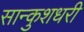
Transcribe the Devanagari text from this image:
सान्कुशधरी